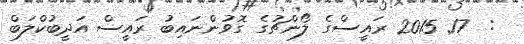
:  17